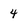
Character: 4